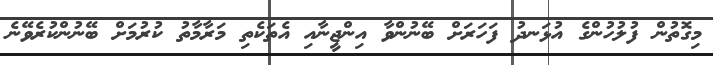
މިގޮތުން ފުލުހުންގެ އުޅަނދު ފަހަރަށް ބޭނުންވާ އިންޖީނާއި އެތަކެތި މަރާމާތު ކުރުމަށް ބޭނުންކުރެވޭނެ